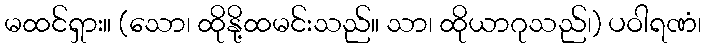
မထင်ရှား။ (သော၊ ထိုနို့ထမင်းသည်။ သာ၊ ထိုယာဂုသည်၊) ပဝါရဏံ၊